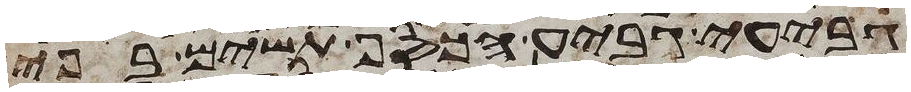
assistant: גביע גביע הכסף תשים בפי